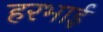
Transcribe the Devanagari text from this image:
हरभाई